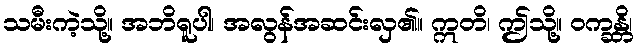
သမီးကဲ့သို့။ အဘိရူပါ၊ အလွန်အဆင်းလှ၏။ ဣတိ၊ ဤသို့။ ဝက္ခန္တိ၊